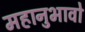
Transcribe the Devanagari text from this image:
महानुभावो